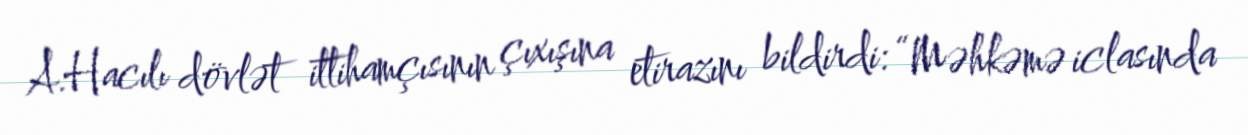
A.Hacılı dövlət ittihamçısının çıxışına etirazını bildirdi: “Məhkəmə iclasında